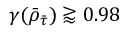
\gamma ( \bar { \rho } _ { \bar { \tau } } ) \gtrapprox 0 . 9 8